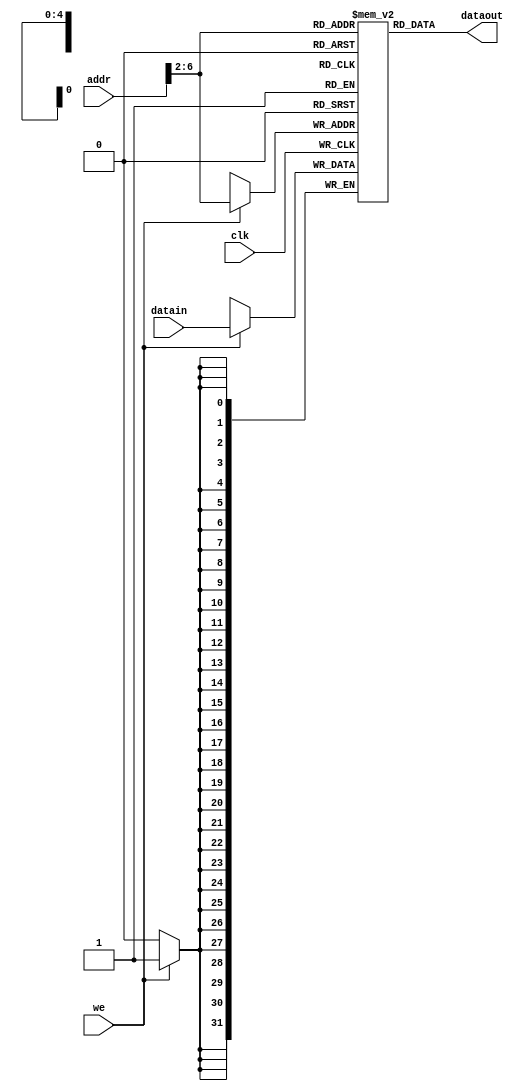
`timescale 1ns / 1ps
//////////////////////////////////////////////////////////////////////////////////
// Company: 
// Engineer: 
// 
// Design Name: 
// Module Name: datamem
// Project Name: 
// Target Devices: 
// Tool Versions: 
// Description: 
// 
// Dependencies: 
// 
// Revision:
// Revision 0.01 - File Created
// Additional Comments:
// 
//////////////////////////////////////////////////////////////////////////////////


module datamem(clk,dataout,datain,addr,we);
    input clk; // clock
    input we; // write enable
    input [31:0] datain; // data in (to memory)
    input [31:0] addr; // ram address
    output [31:0] dataout; // data out (from memory)
    
    reg [31:0] ram [0:31]; // ram cells: 32 words * 32 bits
    
    assign dataout = ram[addr[6:2]]; // use word address to read ram
    always @ (posedge clk)
        if (we) ram[addr[6:2]] = datain; // use word address to write ram
            
    integer i;
    
    initial begin // initialize memory
        for (i = 0; i < 32; i = i + 1)
            ram[i] = 0;
            // ram[word_addr] = data // (byte_addr)
            ram[5'h14] = 32'h000000a3; // (50hex)
            ram[5'h15] = 32'h00000027; // (54hex)
            ram[5'h16] = 32'h00000079; // (58hex)
            ram[5'h17] = 32'h00000115; // (5chex)
            // ram[5'h18] should be 0x00000258, the sum stored by sw instruction
    end
endmodule